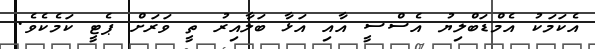
އެކަމަކު އެމްޑަބްލިޔު އެސްސީ އާއި އަޅާ ބަލާއިރު ތީ ވަރަށް ޕެޓީ ކަމެކެވެ.